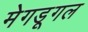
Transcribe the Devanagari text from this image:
मेगडूगल